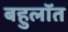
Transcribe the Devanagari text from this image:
बहुलॉत